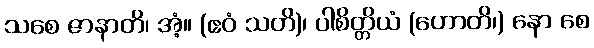
သစေ ဇာနာတိ၊ အံ့။ (ဧဝံ သတိ)၊ ပါစိတ္တိယံ (ဟောတိ၊) နော စေ